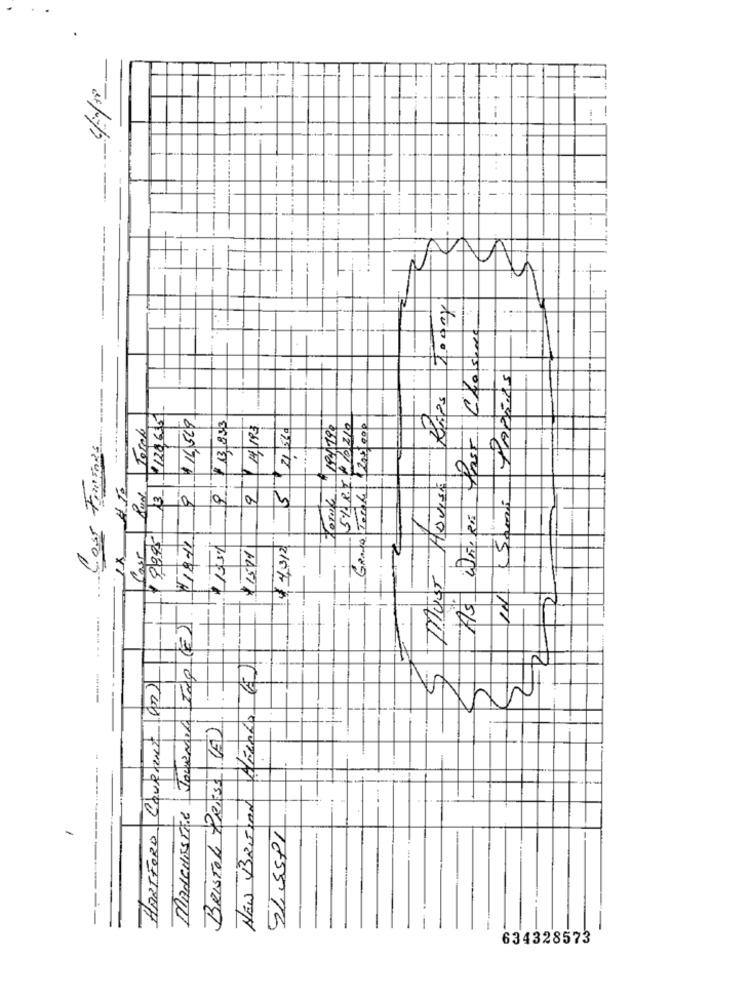
-----
-
-
As Wirigi est Chose
1
128635
Totale
9 4 13, 833
2/4/193
ToTalk "194/190
5%9720210
Grasa Torale\ \200.000
5/ 21/260
CAPTORS
3
984
Case
4,312
15
$1501
Must
---- -----...
MANCHESTER JOURNAL Ing (E)
-
HARTFORD COURANT (m)
NÃO BRETVAN AFERRO
BRISTOL PRESS (A)
-
54 5591
634328573